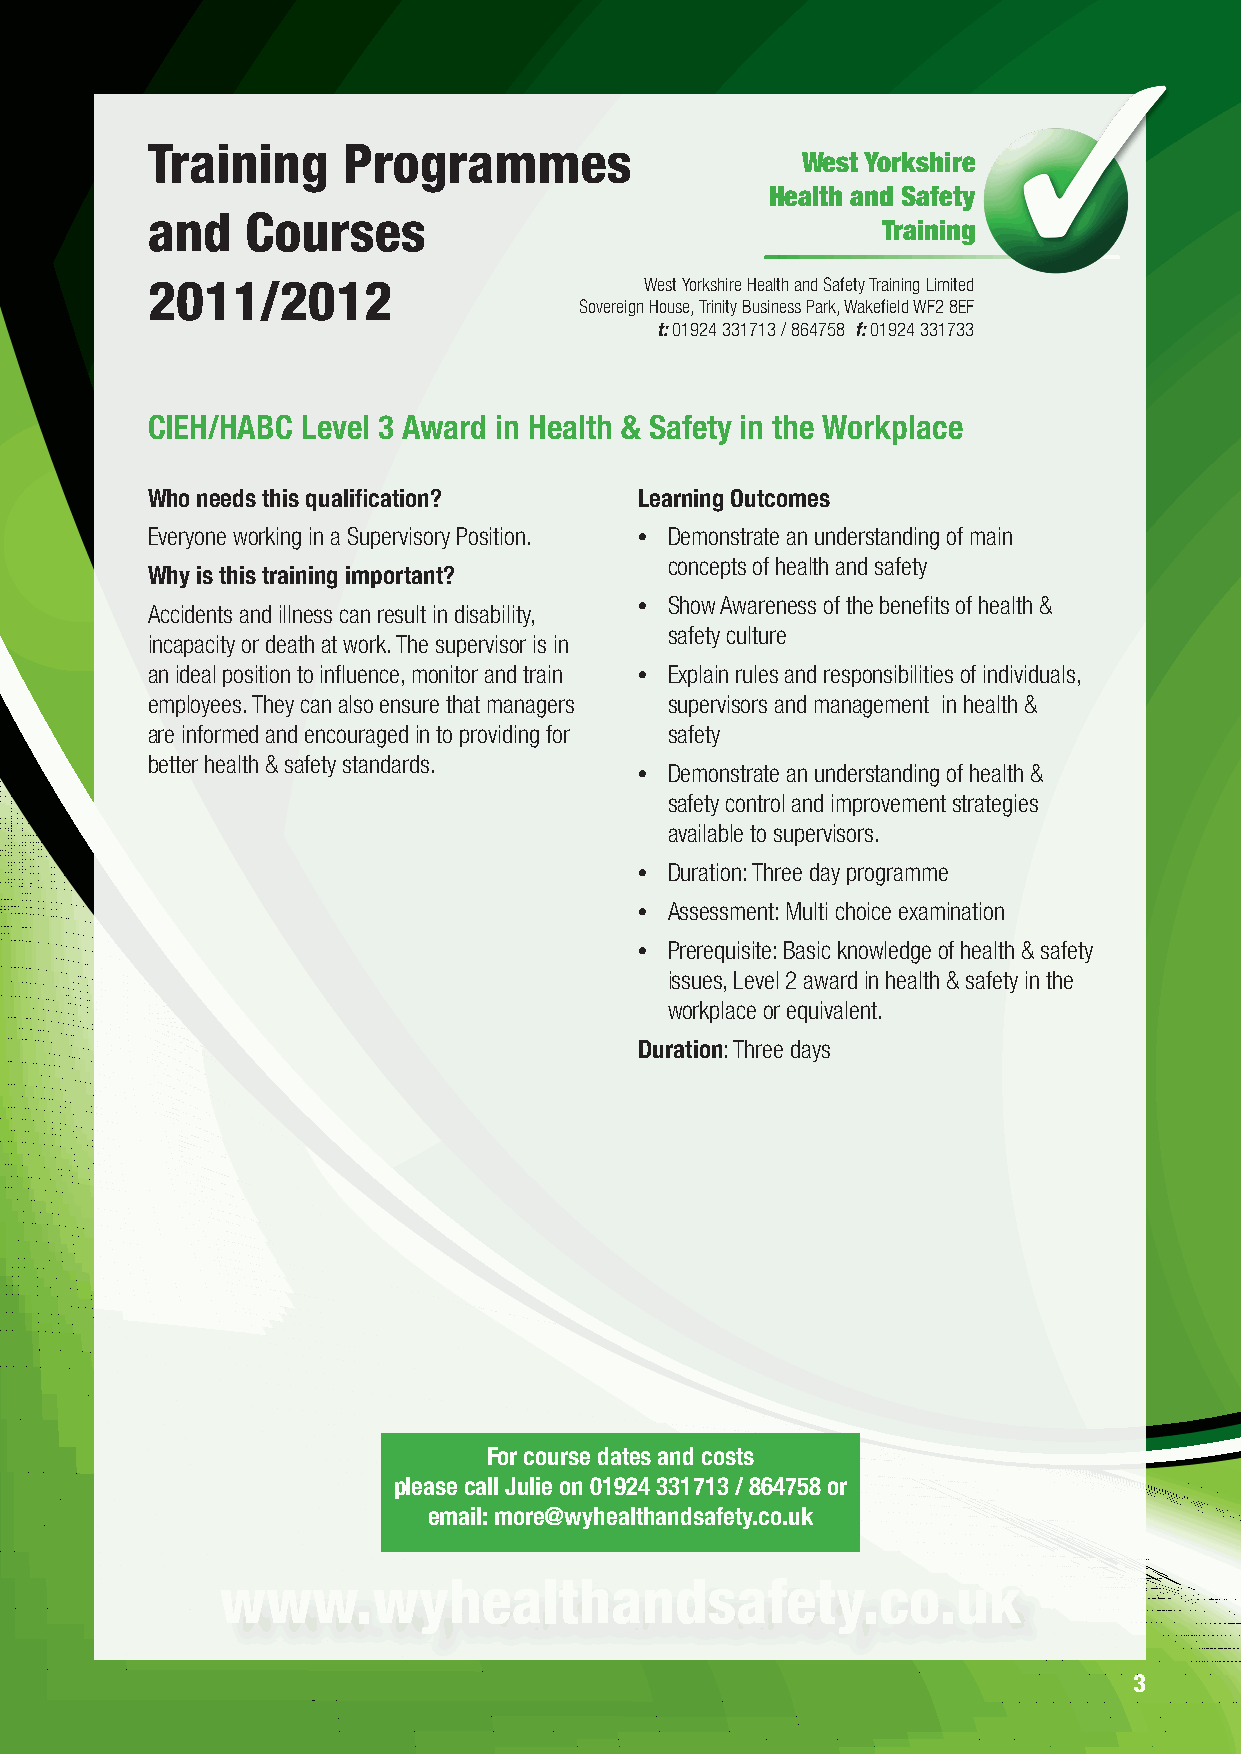
Training     Programmes
 West Yorkshire
 Health and Safety
 and   Courses
 Training
 2011/2012                        West Yorkshire Health and Safety Training Limited
 Sovereign House, Trinity Business Park, Wakefield WF2 8EF
 t: 01924 331713 / 864758 f: 01924 331733
 CIEH/HABC Level 3 Award in Health & Safety in the Workplace
 Who needs this qualification?   Learning Outcomes
 Everyone working in a Supervisory Position. • Demonstrate an understanding of main
 concepts of health and safety
 Why is this training important?
 Accidents and illness can result in disability, • Show Awareness of the benefits of health &
 safety culture
 incapacity or death at work. The supervisor is in
 an ideal position to influence, monitor and train • Explain rules and responsibilities of individuals,
 employees. They can also ensure that managers supervisors and management in health &
 are informed and encouraged in to providing for safety
 better health & safety standards.
 • Demonstrate an understanding of health &
 safety control and improvement strategies
 available to supervisors.
 • Duration: Three day programme
 • Assessment: Multi choice examination
 • Prerequisite: Basic knowledge of health & safety
 issues, Level 2 award in health & safety in the
 workplace or equivalent.
 Duration: Three days
 For course dates and costs
 please call Julie on 01924 331713 / 864758 or
 email: more@wyhealthandsafety.co.uk
 www.wyhealthandsafety.co.uk
 3